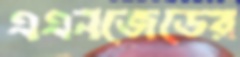
এএনজেডের